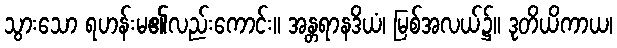
သွားသော ရဟန်းမ၏လည်းကောင်း။ အန္တရာနဒိယံ၊ မြစ်အလယ်၌။ ဒုတိယိကာယ၊